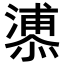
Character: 𪬬